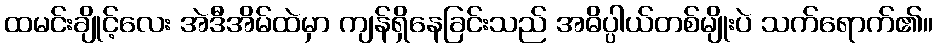
ထမင်းချိုင့်လေး အဲဒီအိမ်ထဲမှာ ကျန်ရှိနေခြင်းသည် အဓိပ္ပါယ်တစ်မျိုးပဲ သက်ရောက်၏။